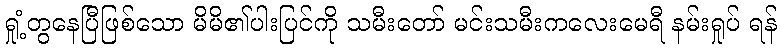
ရှုံ့တွနေပြီဖြစ်သော မိမိ၏ပါးပြင်ကို သမီးတော် မင်းသမီးကလေးမေရီ နမ်းရှုပ် ရန်